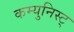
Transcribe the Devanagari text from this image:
कम्युनिस्ट्